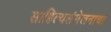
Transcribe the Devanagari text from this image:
साहित्यसंमेलनाचा